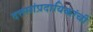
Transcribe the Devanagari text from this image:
दत्तसांप्रदायिकांची